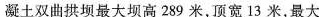
凝土双曲拱坝最大坝高289米，顶宽13米，最大